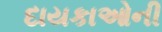
દાયકાઓની